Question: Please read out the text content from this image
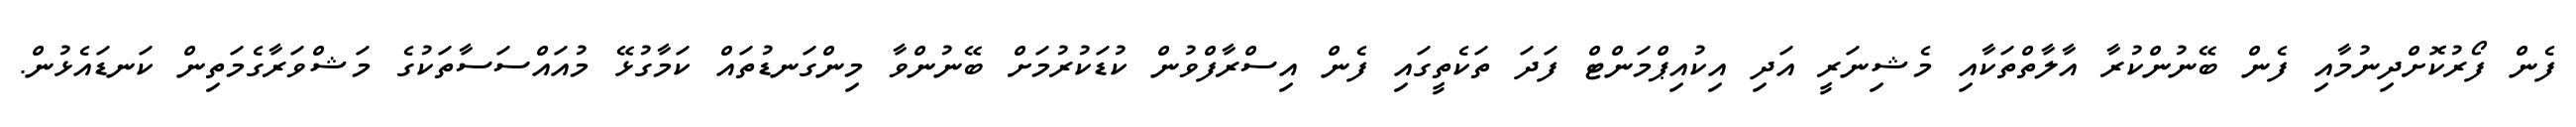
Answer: ފެން ފޯރުކޮށްދިނުމާއި ފެން ބޭނުންކުރާ އާލާތްތަކާއި މެޝިނަރީ އަދި އިކުއިޕްމަންޓް ފަދަ ތަކެތީގައި ފެން އިސްރާފްވުން ކުޑަކުރުމަށް ބޭނުންވާ މިންގަނޑުތައް ކަމާގުޅޭ މުއައްސަސާތަކުގެ މަޝްވަރާގެމަތިން ކަނޑައެޅުން.